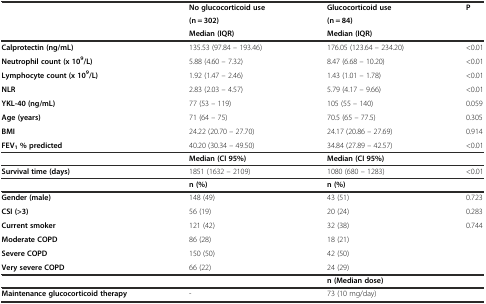
<table><thead><tr><td></td><td><b>No glucocorticoid use</b></td><td><b>Glucocorticoid use</b></td><td><b>P</b></td></tr><tr><td></td><td><b>(n = 302)</b></td><td><b>(n = 84)</b></td><td></td></tr><tr><td></td><td><b>Median (IQR)</b></td><td><b>Median (IQR)</b></td><td></td></tr></thead><tbody><tr><td><b>Calprotectin (ng/mL)</b></td><td>135.53 (97.84 – 193.46)</td><td>176.05 (123.64 – 234.20)</td><td>&lt;0.01</td></tr><tr><td><b>Neutrophil count (x 10</b><sup><b>9</b></sup><b>/L)</b></td><td>5.88 (4.60 – 7.32)</td><td>8.47 (6.68 – 10.20)</td><td>&lt;0.01</td></tr><tr><td><b>Lymphocyte count (x 10</b><sup><b>9</b></sup><b>/L)</b></td><td>1.92 (1.47 – 2.46)</td><td>1.43 (1.01 – 1.78)</td><td>&lt;0.01</td></tr><tr><td><b>NLR</b></td><td>2.83 (2.03 – 4.57)</td><td>5.79 (4.17 – 9.66)</td><td>&lt;0.01</td></tr><tr><td><b>YKL-40 (ng/mL)</b></td><td>77 (53 – 119)</td><td>105 (55 – 140)</td><td>0.059</td></tr><tr><td><b>Age (years)</b></td><td>71 (64 – 75)</td><td>70.5 (65 – 77.5)</td><td>0.305</td></tr><tr><td><b>BMI</b></td><td>24.22 (20.70 – 27.70)</td><td>24.17 (20.86 – 27.69)</td><td>0.914</td></tr><tr><td><b>FEV</b><sub><b>1</b></sub><b>% predicted</b></td><td>40.20 (30.34 – 49.50)</td><td>34.84 (27.89 – 42.57)</td><td>&lt;0.01</td></tr><tr><td></td><td><b>Median (CI 95%)</b></td><td><b>Median (CI 95%)</b></td><td></td></tr><tr><td><b>Survival time (days)</b></td><td>1851 (1632 – 2109)</td><td>1080 (680 – 1283)</td><td>&lt;0.01</td></tr><tr><td></td><td><b>n (%)</b></td><td><b>n (%)</b></td><td></td></tr><tr><td><b>Gender (male)</b></td><td>148 (49)</td><td>43 (51)</td><td>0.723</td></tr><tr><td><b>CSI (&gt;3)</b></td><td>56 (19)</td><td>20 (24)</td><td>0.283</td></tr><tr><td><b>Current smoker</b></td><td>121 (42)</td><td>32 (38)</td><td>0.744</td></tr><tr><td><b>Moderate COPD</b></td><td>86 (28)</td><td>18 (21)</td><td></td></tr><tr><td><b>Severe COPD</b></td><td>150 (50)</td><td>42 (50)</td><td></td></tr><tr><td><b>Very severe COPD</b></td><td>66 (22)</td><td>24 (29)</td><td></td></tr><tr><td></td><td></td><td><b>n (Median dose)</b></td><td></td></tr><tr><td><b>Maintenance glucocorticoid therapy</b></td><td>-</td><td>73 (10 mg/day)</td><td></td></tr></tbody></table>